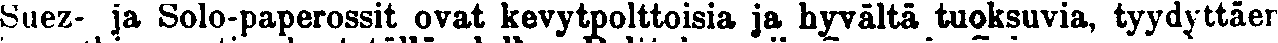
Suez- ja Solo-paperossit ovat kevytpolttoisia ja hyvältä tuoksuvia, tyydyttäen